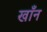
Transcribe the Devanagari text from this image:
खाँन